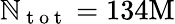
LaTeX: \mathbb{N}_{\mathrm{{~t~o~t~}}}=134\mathrm{{M}}